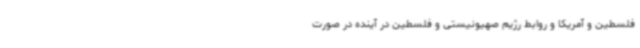
فلسطین و آمریکا و روابط رژیم صهیونیستی و فلسطین در آینده در صورت